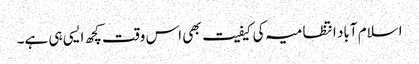
اسلام آباد انتظامیہ کی کیفیت بھی اس وقت کچھ ایسی ہی ہے۔